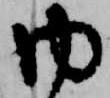
内